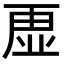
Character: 𮓡